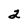
Character: 2